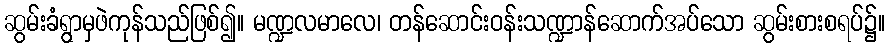
ဆွမ်းခံရွာမှဖဲကုန်သည်ဖြစ်၍။ မဏ္ဍလမာလေ၊ တန်ဆောင်းဝန်းသဏ္ဍာန်ဆောက်အပ်သော ဆွမ်းစားစရပ်၌။